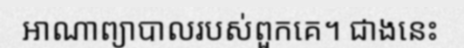
អាណាព្យាបាលរបស់ពួកគេ។ ជាងនេះ